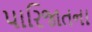
પારિજાતના